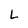
Character: L